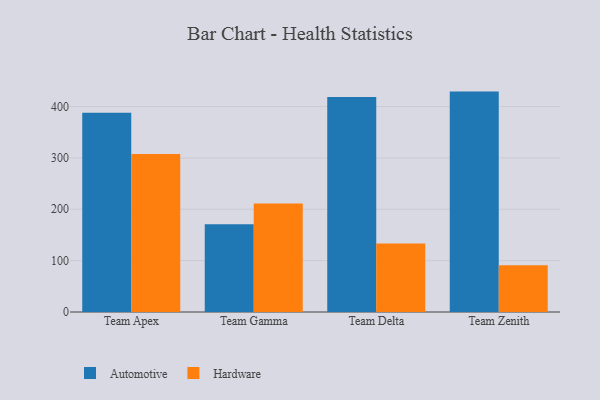
{"axis": {"x": "Team", "y": "Population (Million)"}, "legend": ["Automotive", "Hardware"], "data": [{"x": "Team Apex", "y": 388.0, "type": "Automotive"}, {"x": "Team Apex", "y": 307.6, "type": "Hardware"}, {"x": "Team Gamma", "y": 171.0, "type": "Automotive"}, {"x": "Team Gamma", "y": 211.2, "type": "Hardware"}, {"x": "Team Delta", "y": 418.6, "type": "Automotive"}, {"x": "Team Delta", "y": 133.2, "type": "Hardware"}, {"x": "Team Zenith", "y": 429.1, "type": "Automotive"}, {"x": "Team Zenith", "y": 91.2, "type": "Hardware"}]}